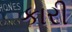
કારી